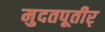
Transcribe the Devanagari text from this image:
मुदतपूतीर्